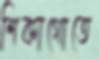
শিকাগোতে